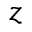
z